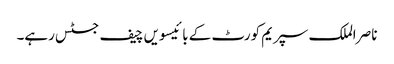
ناصر الملک سپریم کورٹ کے بائیسویں چیف جسٹس رہے۔